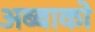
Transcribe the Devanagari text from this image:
अब्बाको